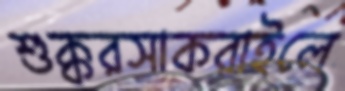
শুক্করসাকরাইলে